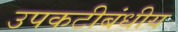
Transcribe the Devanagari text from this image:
उपकटीबंधीय